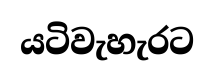
යටිවැහැරට